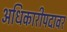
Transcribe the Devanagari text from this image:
अधिकारीपदावर